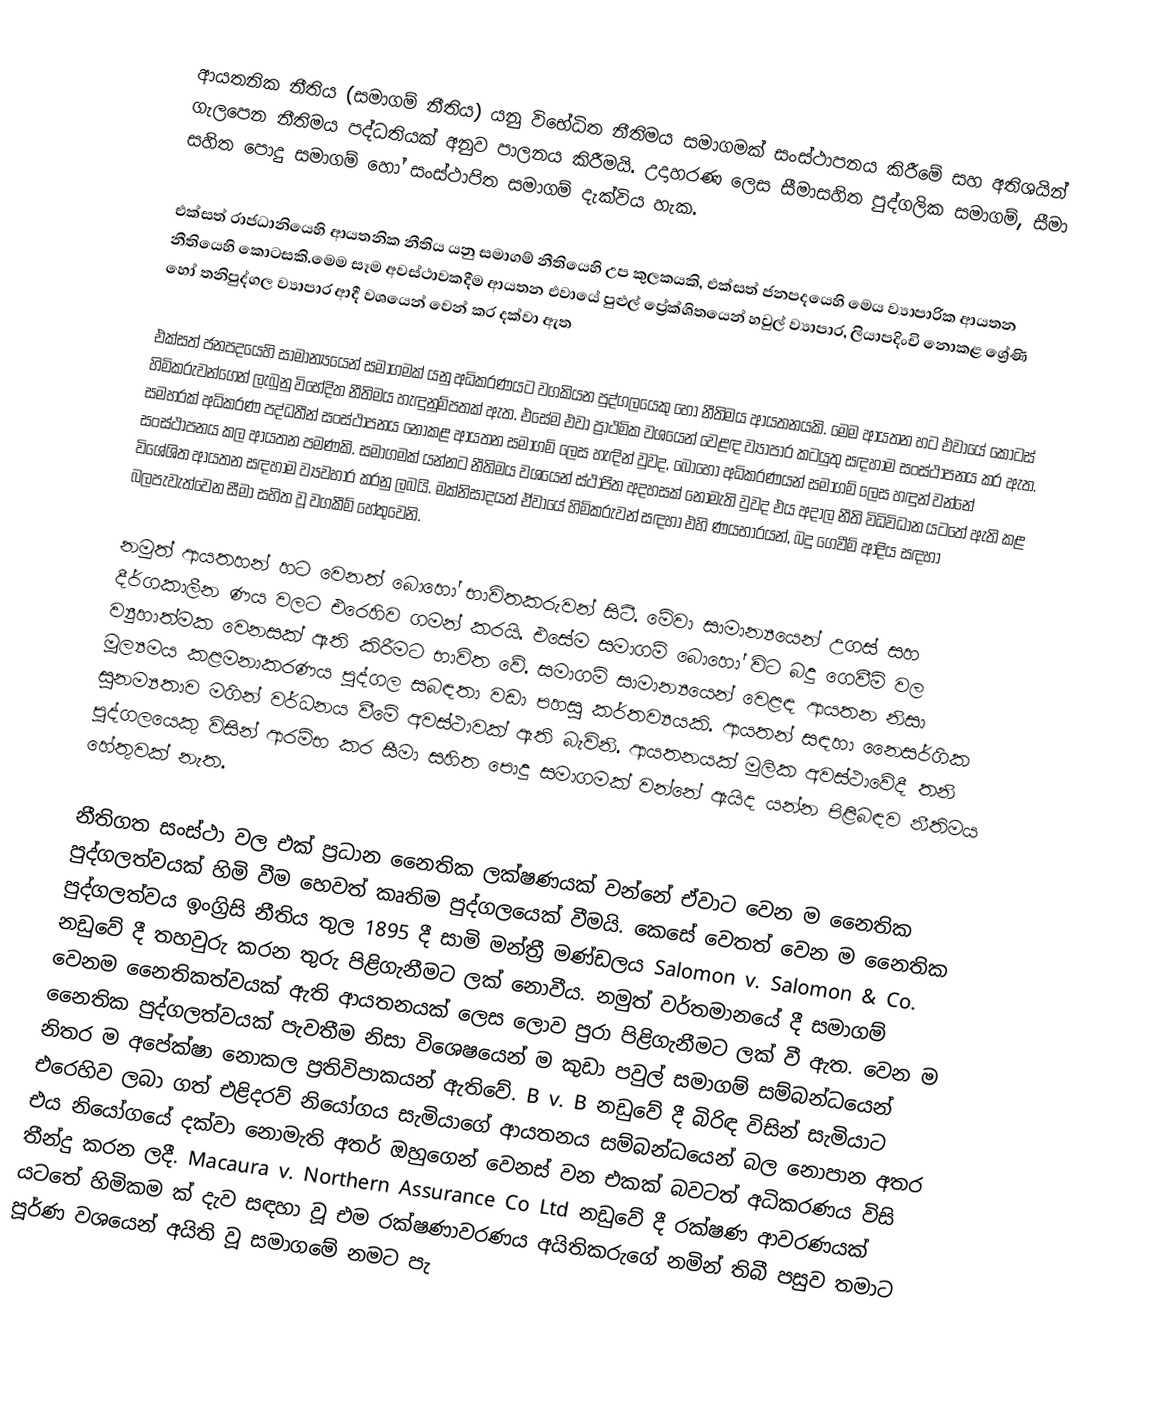
ආයතනික නීතිය (සමාගම් නීතිය) යනු විභේධිත නීතිමය සමාගමක් සංස්ථාපනය කිරීමේ සහ අතිශයින් ගැලපෙන නීතිමය පද්ධතියක් අනුව පාලනය කිරීමයි. උදාහරණ ලෙස සීමාසහිත පුද්ගලික සමාගම්, සීමා සහිත පොදු සමාගම් හෝ සංස්ථාපිත සමාගම් දැක්විය හැක.

එක්සත් රාජධානියෙහි ආයතනික නීතිය යනු සමාගම් නීතියෙහි උප කුලකයකි, එක්සත් ජනපදයෙහි මෙය ව්‍යාපාරික ආයතන නීතියෙහි කොටසකි.මෙම සෑම අවස්ථාවකදීම ආයතන එවායේ පුළුල් ප්‍රේක්ශිතයෙන් හවුල් ව්‍යාපාර, ලියාපදිංචි නොකළ ශ්‍රේණි හෝ තනිපුද්ගල ව්‍යාපාර ආදී වශයෙන් වෙන් කර දක්වා ඇත

එක්සත් ජනපදයෙහි සාමාන්‍යයෙන් සමාගමක් යනු අධිකරණයට වගකියන පුද්ගලයෙකු හෝ නීතිමය ආයතනයකි. මෙම ආයතන හට එවායේ කොටස් හිමිකරුවන්ගෙන් ලැබුනු විභේදිත නීතිමය හැඳුනුම්පතක් ඇත. එසේම එවා ප්‍රාථමික වශයෙන් වෙළඳ ව්‍යාපාර කටයුතු සඳහාම සංස්ථාපනය කර ඇත. සමහරක් අධිකරණ පද්ධතීන් සංස්ථාපනය නොකළ ආයතන සමාගම් ලෙස හැඳින් වුවද, බොහෝ අධිකරණයන් සමාගම් ලෙස හඳුන් වන්නේ සංස්ථාපනය කල ආයතන පමණකි. සමාගමක් යන්නට නීතිමය වශයෙන් ස්ථාපිත අදහසක් නොමැති වුවද එය අදාල නීති විධිවිධාන යටතේ ඇති කළ විශේශිත ආයතන සඳහාම ව්‍යවහාර කරනු ලබයි. මක්නිසාදයත් ඒවායේ හිමිකරුවන් සඳහා එහි ණයභාරයන්, බදු ගෙවීම් ආදිය සඳහා බලපැවැත්වෙන සීමා සහිත වූ වගකීම් හේතුවෙනි.

නමුත් ආයතහන් හට වෙනත් බොහෝ භාවිතකරුවන් සිටී. මේවා සාමාන්‍යයෙන් උගස් සහ දීර්ගකාලීන ණය වලට එරෙහිව ගමන් කරයි. එසේම සමාගම් බොහෝ විට බදු ගෙවීම් වල ව්‍යුහාත්මක වෙනසක් ඇති කිරීමට භාවිත වේ. සමාගම් සාමාන්‍යයෙන් වෙළඳ ආයතන නිසා මූල්‍යමය කළමනාකරණය පුද්ගල සබඳතා වඩා පහසු කර්තව්‍යයකි. ආයතන් සඳහා නෛසර්ගික සුනම්‍යතාව මගින් වර්ධනය වීමේ අවස්ථාවක් ඇති බැවිනි. ආයතනයක් මුලික අවස්ථාවේදී තනි පුද්ගලයෙකු විසින් ආරම්භ කර සීමා සහිත පොදු සමාගමක් වන්නේ ඇයිද යන්න පිළිබඳව නීතිමය හේතුවක් නැත.

නීතිගත සංස්ථා වල එක් ප්‍රධාන නෛතික ලක්ෂණයක් වන්නේ ඒවාට වෙන ම නෛතික පුද්ගලත්වයක් හිමි වීම හෙවත් කෘතිම පුද්ගලයෙක් වීමයි. කෙසේ වෙතත් වෙන ම නෛතික පුද්ගලත්වය ඉංග්‍රිසි නීතිය තුල 1895 දී සාමි මන්ත්‍රී මණ්ඩලය Salomon v. Salomon & Co. නඩුවේ දී තහවුරු කරන තුරු පිළිගැනීමට ලක් නොවීය. නමුත් වර්තමානයේ දී සමාගම් වෙනම නෛතිකත්වයක් ඇති ආයතනයක් ලෙස ලොව පුරා පිළිගැනීමට ලක් වී ඇත. වෙන ම නෛතික පුද්ගලත්වයක් පැවතීම නිසා විශෙෂයෙන් ම කුඩා පවුල් සමාගම් සම්බන්ධයෙන් නිතර ම අපේක්ෂා නොකල ප්‍රතිවිපාකයන් ඇතිවේ. B v. B  නඩුවේ දී බිරිඳ විසින් සැමියාට එරෙහිව ලබා ගත් එළිදරව් නියෝගය සැමියාගේ ආයතනය සම්බන්ධයෙන් බල නොපාන අතර එය නියෝගයේ දක්වා නොමැති අතර් ඔහුගෙන් වෙනස් වන එකක් බවටත් අධිකරණය විසි තීන්දු කරන ලදී. Macaura v. Northern Assurance Co Ltd නඩුවේ දී රක්ෂණ ආවරණයක් යටතේ හිමිකම ක් දැව සඳහා වූ එම රක්ෂණාවරණය අයිතිකරුගේ නමින් තිබී පසුව තමාට පූර්ණ වශයෙන් අයිති වූ සමාගමේ නමට පැ